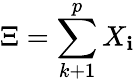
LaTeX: \Xi=\sum_{k+1}^{p}X_{\mathbf{i}}